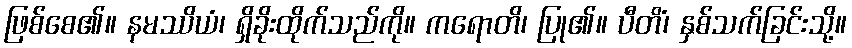
ဖြစ်စေ၏။ နမဿိယံ၊ ရှိခိုးထိုက်သည်ကို။ ကရောတိ၊ ပြု၏။ ပီတိံ၊ နှစ်သက်ခြင်းသို့။